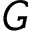
\boldsymbol { G }